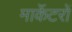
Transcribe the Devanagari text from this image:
मार्केटरों